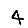
Digit: 4